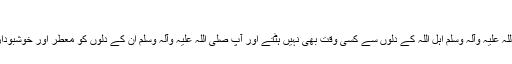
مجلس 44)
* نبی کریم صلی اللہ علیہ وآلہٖ وسلم اہلِ اللہ کے دلوں سے کسی وقت بھی نہیں ہٹتے اور آپ صلی اللہ علیہ وآلہٖ وسلم ان کے دلوں کو معطر اور خوشبودار بنانے والے ہیں۔